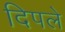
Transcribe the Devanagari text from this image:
दिपले